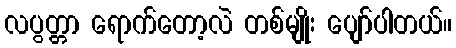
လပွတ္တာ ရောက်တော့လဲ တစ်မျိုး ပျော်ပါတယ်။